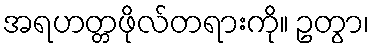
အရဟတ္တဖိုလ်တရားကို။ ဥတွာ၊